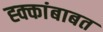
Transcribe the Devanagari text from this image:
ह्क्कांबाबत